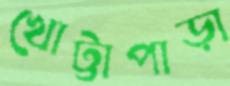
খোট্টাপাড়া